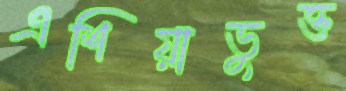
এশিয়াভুক্ত